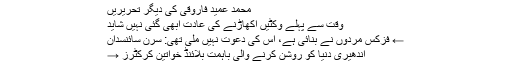
محمد عمید فاروقی کی دیگر تحریریں
وقت سے پہلے وکٹیں اکھاڑنے کی عادت ابھی گئی نہیں شاید
← فزکس مردوں نے بنائی ہے، اس کی دعوت نہیں ملی تھی: سرن سائنسدان
اندھیری دنیا کو روشن کرنے والی باہمت بلائنڈ خواتین کرکٹرز →